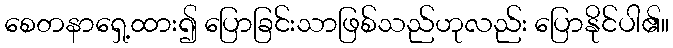
စေတနာရှေ့ထား၍ ပြောခြင်းသာဖြစ်သည်ဟုလည်း ပြောနိုင်ပါ၏။